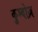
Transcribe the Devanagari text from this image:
कुम्बोज़